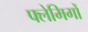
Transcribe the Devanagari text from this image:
फ्लेमिगों